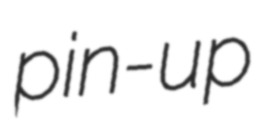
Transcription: pin-up